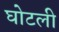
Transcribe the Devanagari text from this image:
घोटली